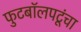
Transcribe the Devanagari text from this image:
फुटबॉलपटूंचा